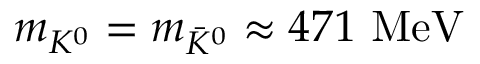
\begin{array} { r } { m _ { K ^ { 0 } } = m _ { \bar { K } ^ { 0 } } \approx 4 7 1 \ \mathrm { { M e V } } } \end{array}